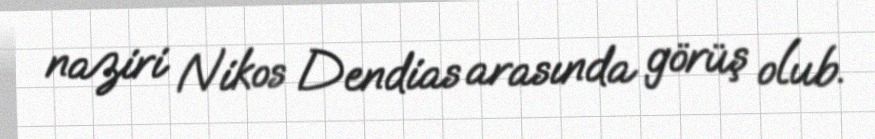
naziri Nikos Dendias arasında görüş olub.